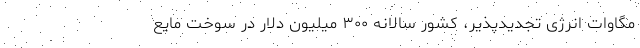
مگاوات انرژی تجدیدپذیر، کشور سالانه ۳۰۰ میلیون دلار در سوخت مایع